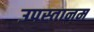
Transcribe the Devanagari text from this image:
उपस्तानम